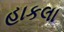
હાકલા